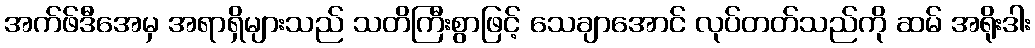
အက်ဖ်ဒီအေမှ အရာရှိများသည် သတိကြီးစွာဖြင့် သေချာအောင် လုပ်တတ်သည်ကို ဆမ် အရိုးဒါး